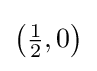
{\textstyle {\bigl (}{\tfrac {1}{2}},0{\bigr )}}